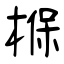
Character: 椺